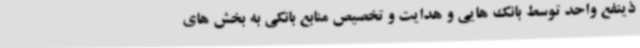
ذینفع واحد توسط بانک هایی و هدایت و تخصیص منابع بانکی به بخش های